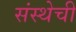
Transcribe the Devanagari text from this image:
संस्‍थेची